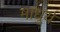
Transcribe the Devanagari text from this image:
माधुर्यं